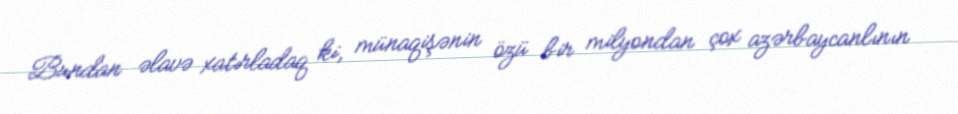
Bundan əlavə xatırladaq ki, münaqişənin özü bir milyondan çox azərbaycanlının